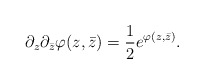
\begin{align*}\partial_z\partial_{\bar {z}}\varphi(z,\bar{z})={1\over 2}e^{ \varphi(z,\bar{z})}.\end{align*}